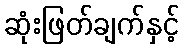
ဆုံးဖြတ်ချက်နှင့်